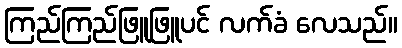
ကြည်ကြည်ဖြူဖြူပင် လက်ခံ လေသည်။